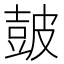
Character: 皷